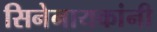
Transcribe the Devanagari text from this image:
सिनेनायकांनी